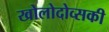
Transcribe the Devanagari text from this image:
खोलोदोव्सकी